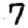
Digit: 7